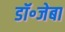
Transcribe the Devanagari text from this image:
डॉ॰जेबा